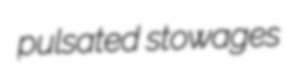
pulsated stowages